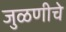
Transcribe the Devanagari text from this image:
जुळणीचे